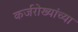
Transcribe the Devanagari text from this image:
कर्जरोख्यांच्या